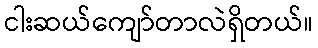
ငါးဆယ်ကျော်တာလဲရှိတယ်။